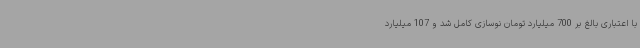
با اعتباری بالغ بر 700 میلیارد تومان نوسازی کامل شد و 107 میلیارد